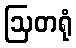
ဩတရုံ